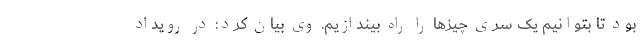
بود تا بتوانیم یک سری چیزها را راه بیندازیم. وی بیان کرد: در رویداد